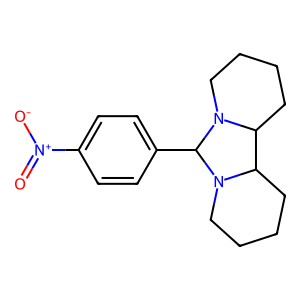
SMILES: O=[N+]([O-])c1ccc(C2N3CCCCC3C3CCCCN32)cc1
Inhibits HIV replication: No